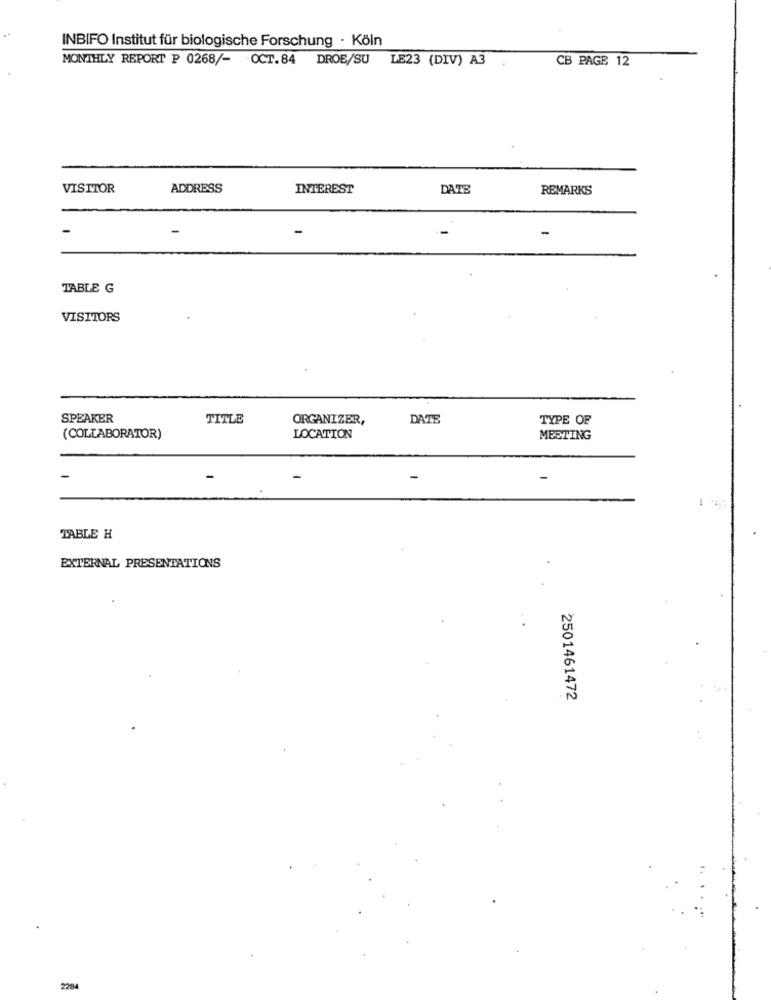
INBIFO Institut für biologische Forschung · Köln
MONTHLY REPORT P 0268/- OCT.84 DROE/SU LE23 (DIV) A3
CB PAGE 12
VISITOR
ADDRESS
INTEREST
DATE
REMARKS
TABLE G
VISITORS
SPEAKER
TITLE
ORGANIZER,
DATE
TYPE OF
(COLLABORATOR)
LOCATION
MEETING
-
-
TABLE H
EXTERNAL PRESENTATIONS
2501461472
2284